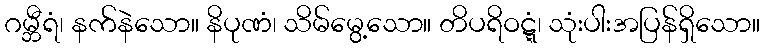
ဂမ္ဘီရံ၊ နက်နဲသော။ နိပုဏံ၊ သိမ်မွေ့သော။ တိပရိဝဋ္ဋံ၊ သုံးပါးအပြန်ရှိသော။